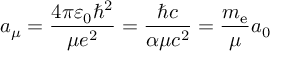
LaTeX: a _ { \mu } = { \frac { 4 \pi \varepsilon _ { 0 } \hbar ^ { 2 } } { \mu e ^ { 2 } } } = { \frac { \hbar c } { \alpha \mu c ^ { 2 } } } = { \frac { m _ { \mathrm { e } } } { \mu } } a _ { 0 }